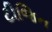
ટીજિન